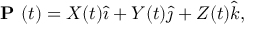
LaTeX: { \textbf { P } } ( t ) = X ( t ) { \hat { \imath } } + Y ( t ) { \hat { \jmath } } + Z ( t ) { \hat { k } } ,